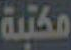
مكتبة